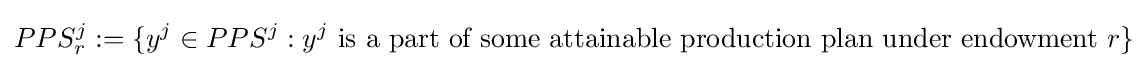
PPS_{r}^{j}:=\{y^{j}\in PPS^{j}:y^{j}{\text{ is a part of some attainable production plan under endowment }}r\}